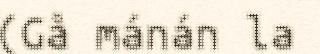
(Gå mánán la